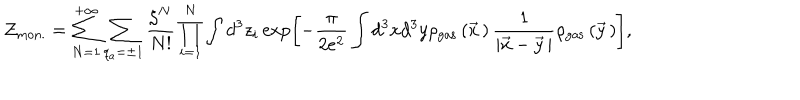
{ \cal Z } _ { \mathrm { m o n . } } = \sum _ { N = 1 } ^ { + \infty } \sum _ { q _ { a } = \pm 1 } ^ { } \frac { \zeta ^ { N } } { N ! } \prod _ { i = 1 } ^ { N } \int d ^ { 3 } z _ { i } \exp \left[ - \frac { \pi } { 2 e ^ { 2 } } \int d ^ { 3 } x d ^ { 3 } y \rho _ { \mathrm { g a s } } \left( \vec { x } { \, } \right) \frac { 1 } { \left| \vec { x } - \vec { y } { \, } \right| } \rho _ { \mathrm { g a s } } \left( \vec { y } { \, } \right) \right] ,